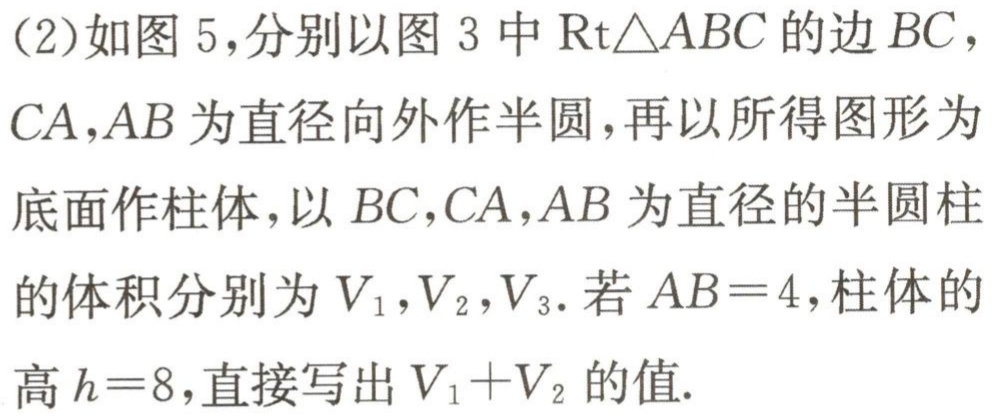
(2)如图5，分别以图3中$\text{Rt}\triangle ABC$的边$BC$，$CA$，$AB$为直径向外作半圆，再以所得图形为底面作柱体，以$BC$，$CA$，$AB$为直径的半圆柱的体积分别为$V_{1}$，$V_{2}$，$V_{3}$. 若$AB = 4$，柱体的高$h = 8$，直接写出$V_{1}+V_{2}$的值.